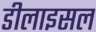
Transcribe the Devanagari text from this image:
डीलाइसल